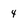
Character: 4